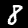
Digit: 8